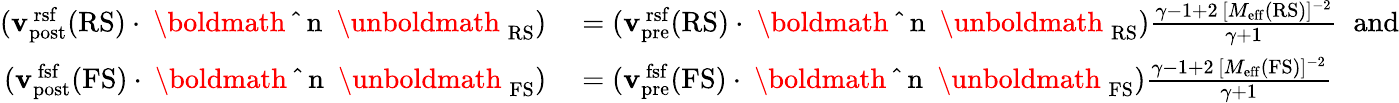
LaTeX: \begin{array}{rl}{({\mathbf{v}}_{\mathrm{post}}^{\mathrm{\, rsf}}(\mathrm{RS})\cdot{\mathrm{~\boldmath~\hat{~}{~n~}~\unboldmath~}}_{\mathrm{RS}})}&{{}=({\mathbf{v}}_{\mathrm{pre}}^{\mathrm{\, rsf}}(\mathrm{RS})\cdot{\mathrm{~\boldmath~\hat{~}{~n~}~\unboldmath~}}_{\mathrm{RS}})\frac{\gamma-1+2\, [M_{\mathrm{eff}}(\mathrm{RS})]^{-2}}{\gamma+1}\; \; \mathrm{and}}\\ {({\mathbf{v}}_{\mathrm{post}}^{\mathrm{\, fsf}}(\mathrm{FS})\cdot{\mathrm{~\boldmath~\hat{~}{~n~}~\unboldmath~}}_{\mathrm{FS}})}&{{}=({\mathbf{v}}_{\mathrm{pre}}^{\mathrm{\, fsf}}(\mathrm{FS})\cdot{\mathrm{~\boldmath~\hat{~}{~n~}~\unboldmath~}}_{\mathrm{FS}})\frac{\gamma-1+2\, [M_{\mathrm{eff}}(\mathrm{FS})]^{-2}}{\gamma+1}}\end{array}